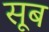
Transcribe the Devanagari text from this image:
सूब